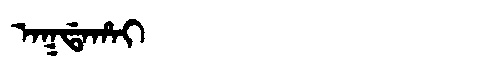
Manchu: ᠠᡴᡩᠠᡥᠠᡳ
Romanization: AKDAHAI